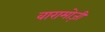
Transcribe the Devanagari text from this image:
वारामोज़ी